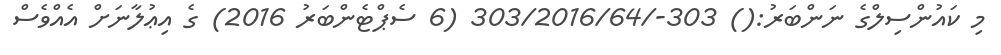
މި ކައުންސިލްގެ ނަންބަރު:() 303-/303/2016/64 (6 ސެޕްޓެންބަރު 2016) ގެ އިޢުލާނަށް އެއްވެސް